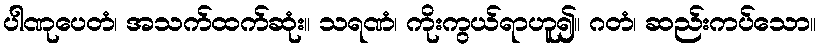
ပါဏုပေတံ၊ အသက်ထက်ဆုံး။ သရဏံ၊ ကိုးကွယ်ရာဟူ၍။ ဂတံ၊ ဆည်းကပ်သော။